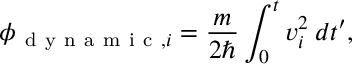
\phi _ { \mathrm { ~ d ~ y ~ n ~ a ~ m ~ i ~ c ~ } , i } = \frac { m } { 2 \hbar } \int _ { 0 } ^ { t } v _ { i } ^ { 2 } \: d t ^ { \prime } ,